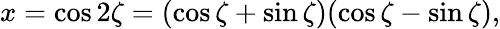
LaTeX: x=\cos 2\zeta=(\cos\zeta+\sin\zeta)(\cos\zeta-\sin\zeta),